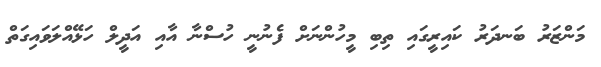
މަންޒަރު ބަނދަރު ކައިރީގައި ތިބި މީހުންނަށް ފެނުނީ ހުސްނާ އާއި އަދީލް ހަޅޭއްލަވައިގަތް